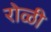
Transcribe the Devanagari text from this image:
रोळी